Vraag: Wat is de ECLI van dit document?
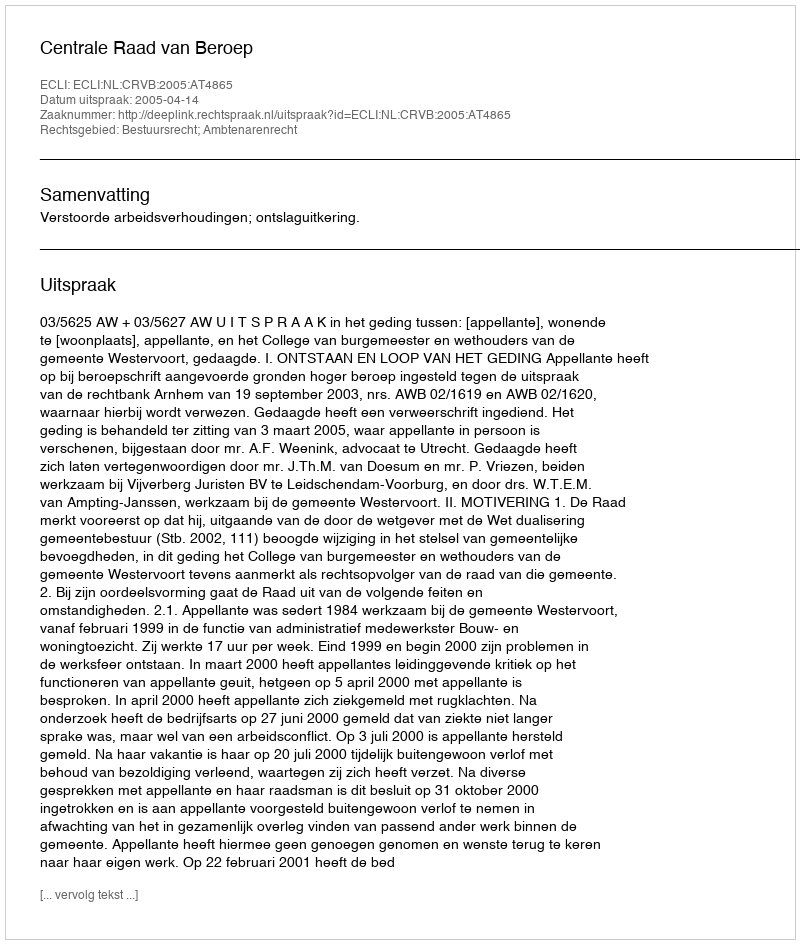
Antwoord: ECLI:NL:CRVB:2005:AT4865